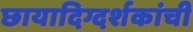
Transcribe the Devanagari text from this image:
छायादिग्दर्शकांची